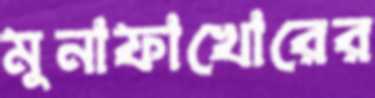
মুনাফাখোরের